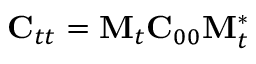
{ \bf C } _ { t t } = { \bf M } _ { t } { \bf C } _ { 0 0 } { \bf M } _ { t } ^ { * }